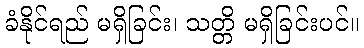
ခံနိုင်ရည် မရှိခြင်း၊ သတ္တိ မရှိခြင်းပင်။